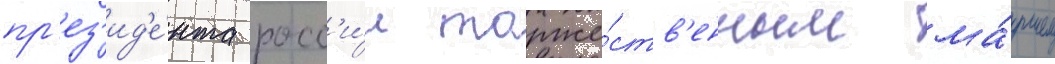
пр'ез'ид'е́нта росс'и́и торже́ств'енным ма́ршем